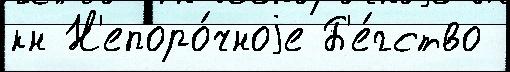
кн Н'епоро́чноjе Б'е́гство